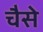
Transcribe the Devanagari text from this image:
चैसे